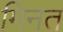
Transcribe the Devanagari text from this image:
मिनत